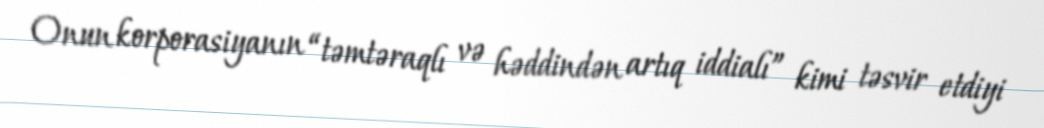
Onun korporasiyanın “təmtəraqlı və həddindən artıq iddialı” kimi təsvir etdiyi